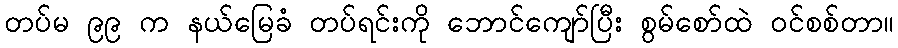
တပ်မ ၉၉ က နယ်မြေခံ တပ်ရင်းကို ဘောင်ကျော်ပြီး စွမ်စော်ထဲ ဝင်စစ်တာ။